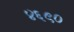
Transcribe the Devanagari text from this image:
४६९०